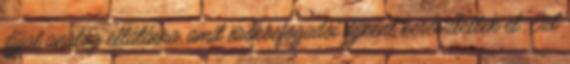
díjjal analóg ellátásra, amit örökbefogadói díjként kereszteltek el. Ezt